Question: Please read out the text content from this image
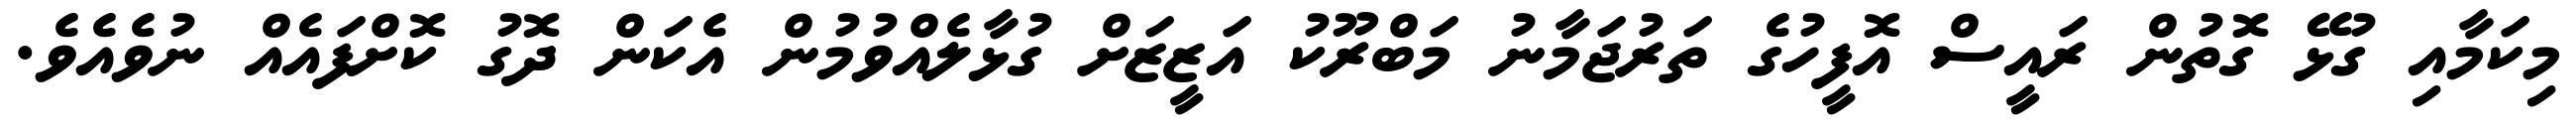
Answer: މިކަމާއި ގުޅޭ ގޮތުން ރައީސް އޮފީހުގެ ތަރުޖަމާނު މަބްރޫކު އަޒީޒަށް ގުޅާލެއްވުމުން އެކަން ދޮގު ކޮށްފައެއް ނުވެއެވެ.